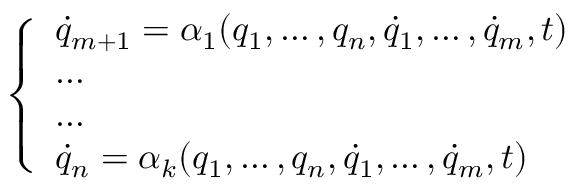
\left\{ \begin{array} { l l } { { \dot { q } } _ { m + 1 } = \alpha _ { 1 } ( q _ { 1 } , \dots , q _ { n } , { \dot { q } } _ { 1 } , \dots , { \dot { q } } _ { m } , t ) } \\ { \dots } \\ { \dots } \\ { { \dot { q } } _ { n } = \alpha _ { k } ( q _ { 1 } , \dots , q _ { n } , { \dot { q } } _ { 1 } , \dots , { \dot { q } } _ { m } , t ) } \end{array} \right.